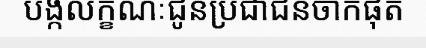
បង្កលក្ខណៈជូនប្រជាជនចាកផុត